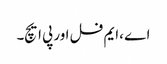
اے ،ایم فل اور پی ایچ۔